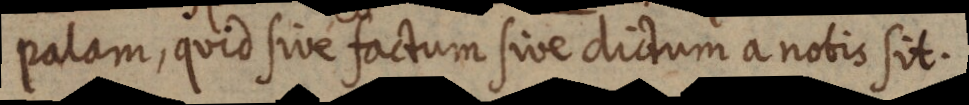
palam, quid sive factum sive dictum a nobis sit.